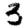
Digit: 3